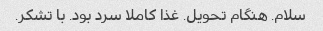
سلام. هنگام تحویل. غذا کاملا سرد بود. با تشکر.